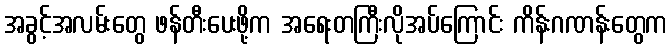
အခွင့်အလမ်းတွေ ဖန်တီးပေးဖို့က အရေးတကြီးလိုအပ်ကြောင်း ကိန်းဂဏန်းတွေက